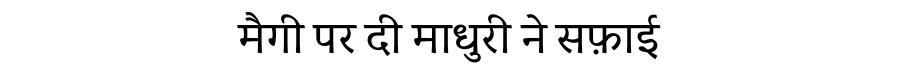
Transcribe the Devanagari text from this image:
मैगी पर दी माधुरी ने सफ़ाई